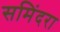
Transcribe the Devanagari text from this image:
समिंदरा